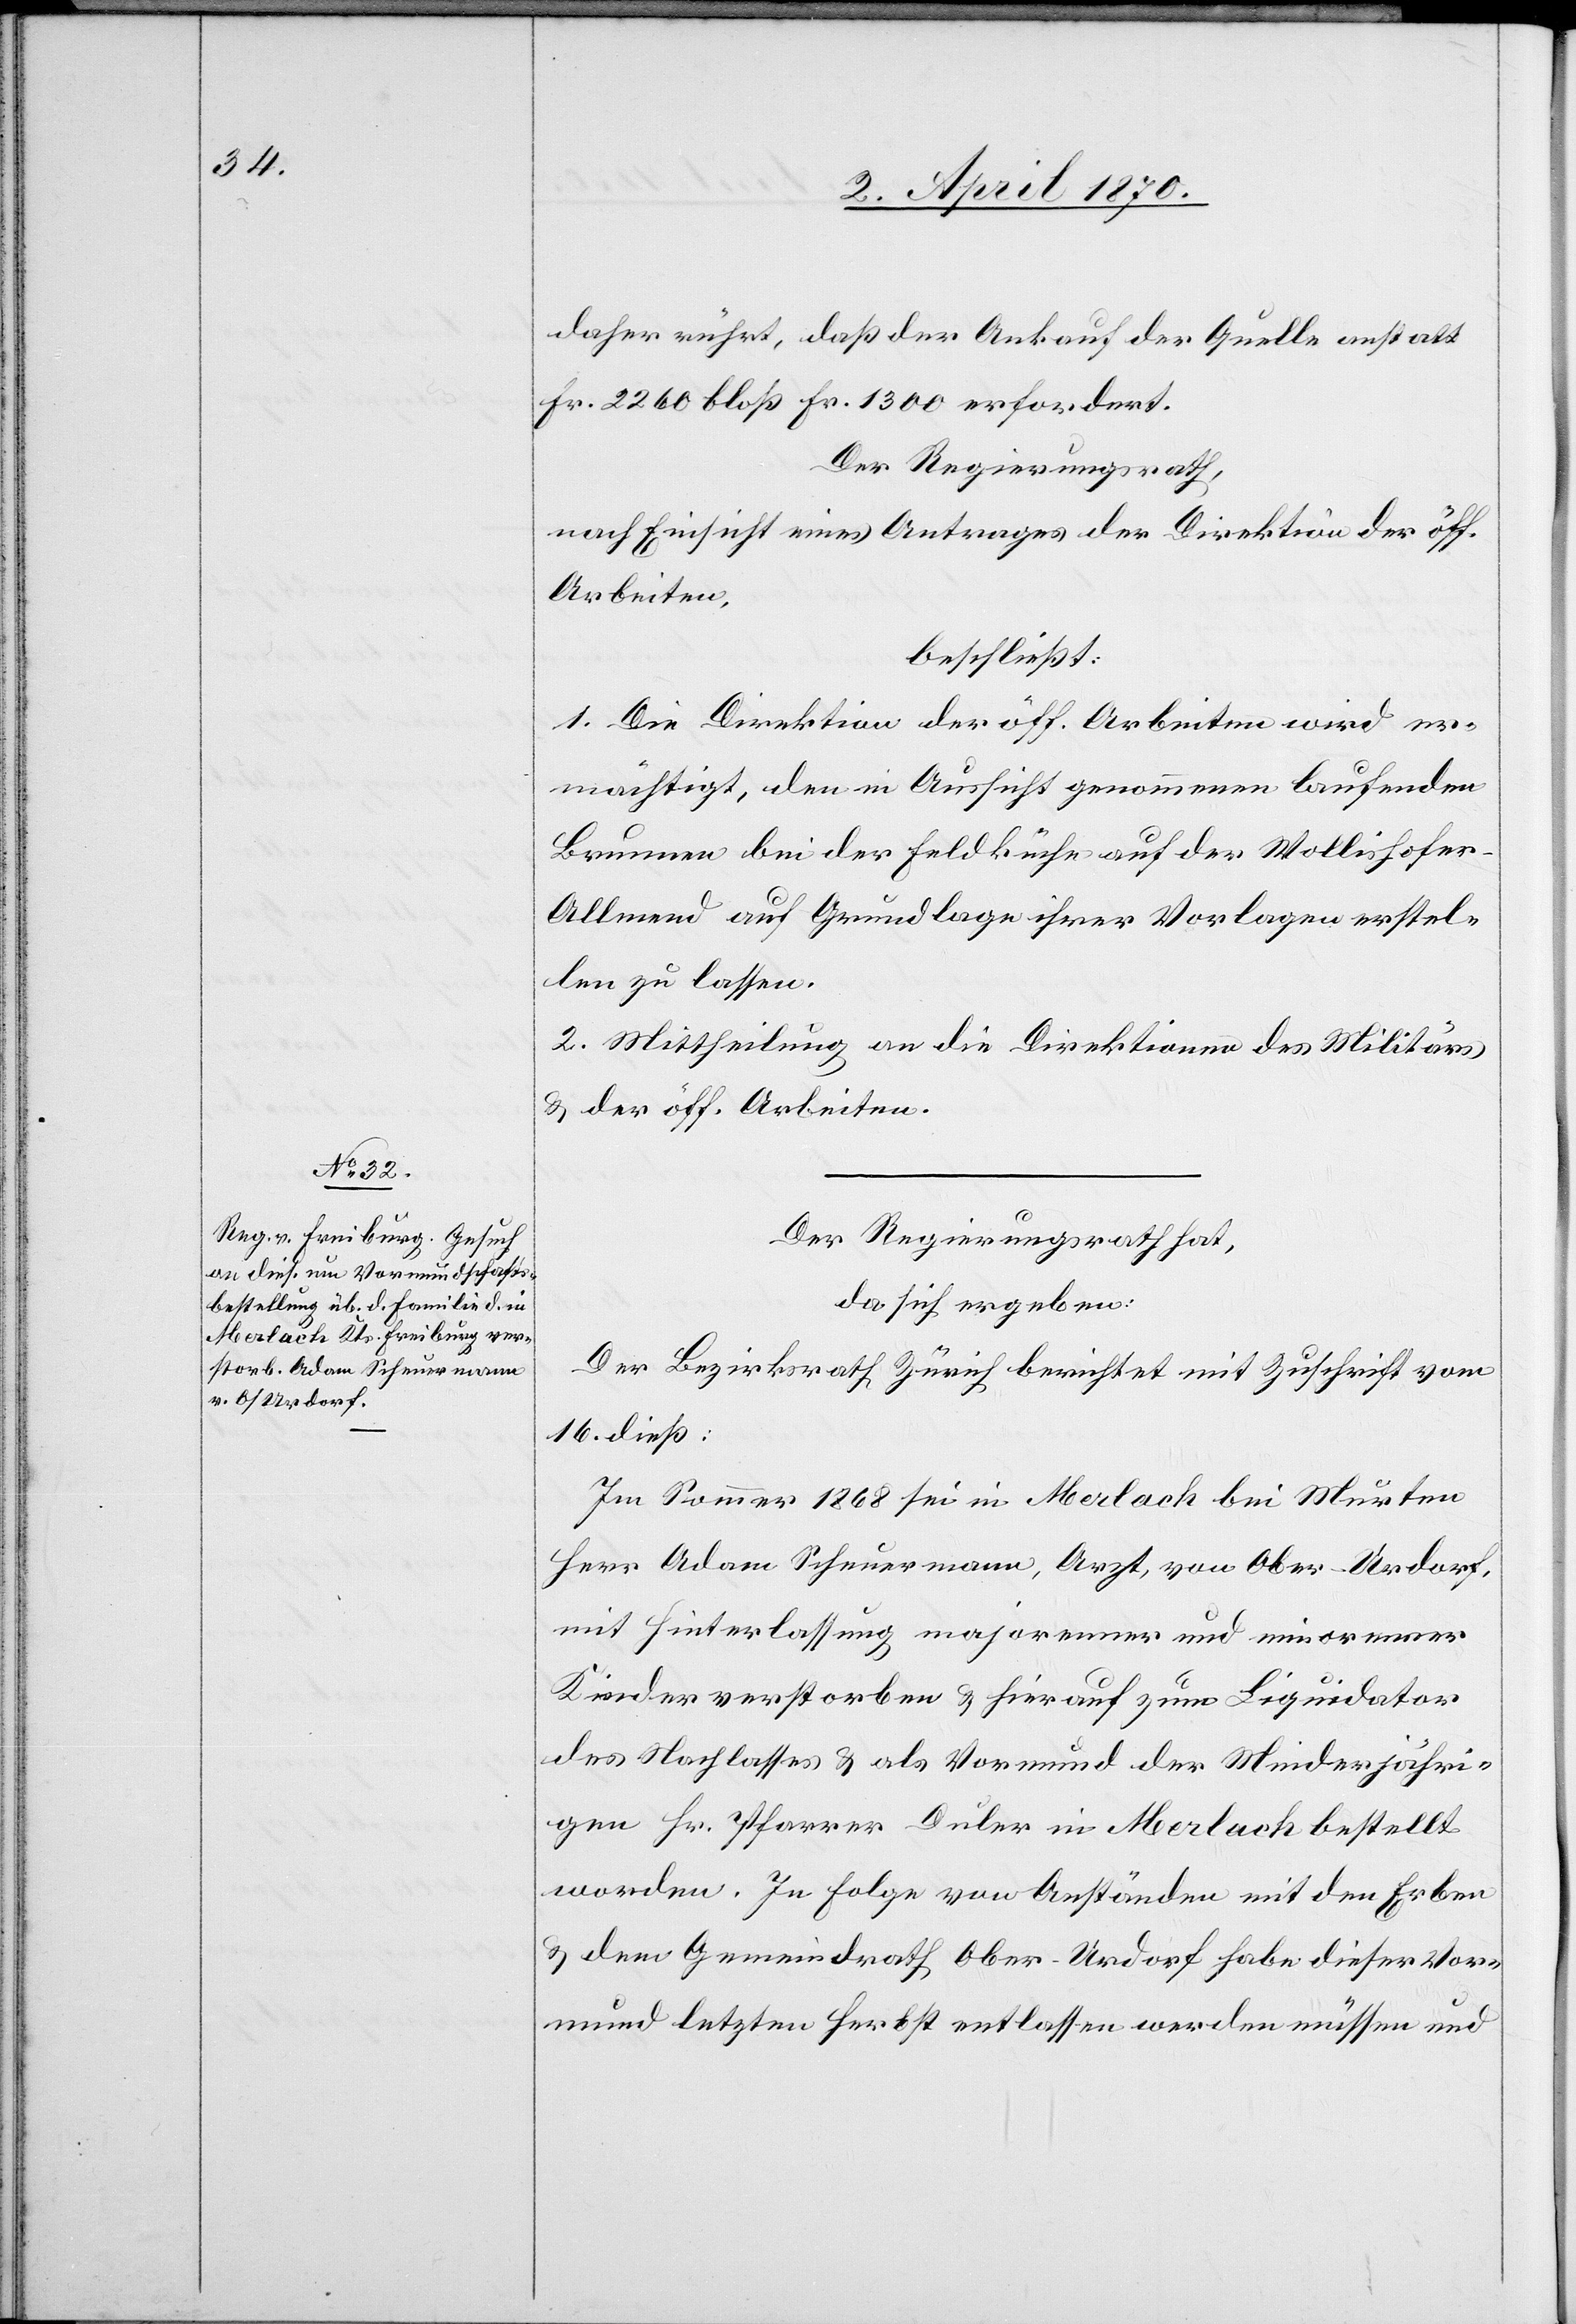
daher rührt, daß der Ankauf der Quelle anstatt
Fr. 2260 bloß Fr. 1300 erfordert.
Der Regierungsrath,
nach Einsicht eines Antrages der Direktion der öff.
Arbeiten,
beschließt:
1. Die Direktion der öff. Arbeiten wird er¬
mächtigt, den in Aussicht genommenen laufenden
Brunnen bei der Feldküche auf der Wollishofe¬
r-Allmend auf Grundlage ihrer Vorlagen erstel¬
len zu lassen.
2. Mittheilung an die Direktionen des Militärs
& der öff. Arbeiten.
Der Regierungsrath hat,
da sich ergeben:
Der Bezirksrath Zürich berichtet mit Zuschrift vom
16. dieß:
Im Sommer 1868 sei in Merlach bei Murten
Herr Adam Scheuermann, Arzt, von Ober-Urdorf,
mit Hinterlassung majorener und minorener
Kinder verstorben & hierauf zum Liquidator
des Nachlasses & als Vormund der Minderjähri¬
gen Hr. Pfarrer Duler in Merlach bestellt
worden. In Folge von Anständen mit den Erben
& dem Gemeindrath Ober-Urdorf habe dieser Vor¬
mund letzten Herbst entlassen werden müssen und